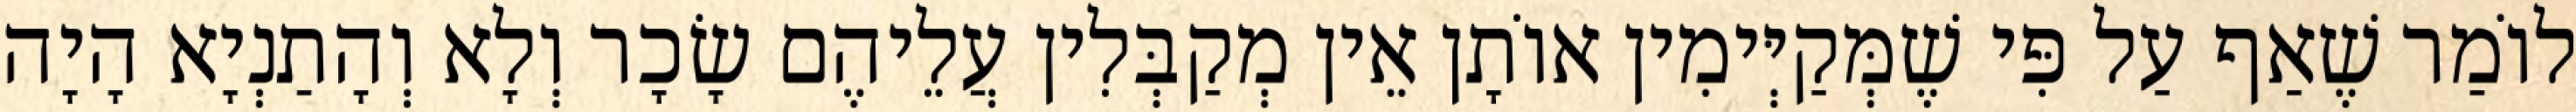
לוֹמַר שֶׁאַף עַל פִּי שֶׁמְּקַיְּימִין אוֹתָן אֵין מְקַבְּלִין עֲלֵיהֶם שָׂכָר וְלָא וְהָתַנְיָא הָיָה